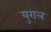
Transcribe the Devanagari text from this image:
युराल